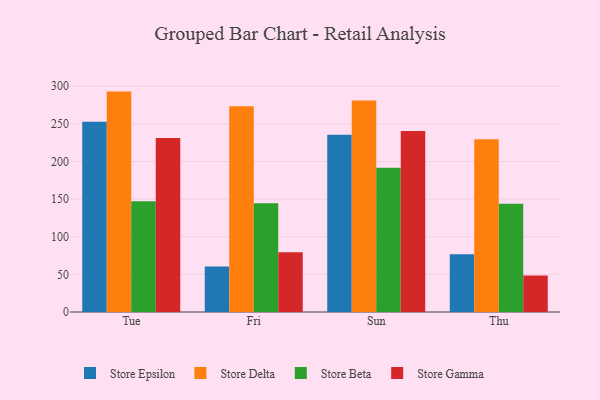
{"axis": {"x": "Day", "y": "Inventory Turnover"}, "legend": ["Store Beta", "Store Delta", "Store Epsilon", "Store Gamma"], "data": [{"x": "Tue", "y": 252.7, "type": "Store Epsilon"}, {"x": "Tue", "y": 292.9, "type": "Store Delta"}, {"x": "Tue", "y": 147.3, "type": "Store Beta"}, {"x": "Tue", "y": 231.4, "type": "Store Gamma"}, {"x": "Fri", "y": 60.4, "type": "Store Epsilon"}, {"x": "Fri", "y": 273.4, "type": "Store Delta"}, {"x": "Fri", "y": 144.4, "type": "Store Beta"}, {"x": "Fri", "y": 79.3, "type": "Store Gamma"}, {"x": "Sun", "y": 235.6, "type": "Store Epsilon"}, {"x": "Sun", "y": 281.1, "type": "Store Delta"}, {"x": "Sun", "y": 191.8, "type": "Store Beta"}, {"x": "Sun", "y": 240.7, "type": "Store Gamma"}, {"x": "Thu", "y": 76.6, "type": "Store Epsilon"}, {"x": "Thu", "y": 229.6, "type": "Store Delta"}, {"x": "Thu", "y": 143.9, "type": "Store Beta"}, {"x": "Thu", "y": 48.6, "type": "Store Gamma"}]}